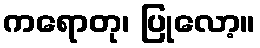
ကရောတု၊ ပြုလော့။